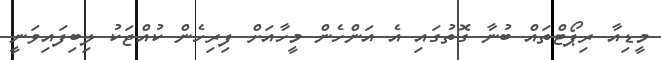
މީޑިއާ ރިޕޯޓްތައް ބުނާ ގޮތުގައި އެ އަންހެން މީހާއަށް ފިރިހެން ކުއްޖަކު ލިބިފައިވަނީ